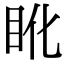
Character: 𥄒